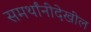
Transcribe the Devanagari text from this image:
समर्थांनीदेखील